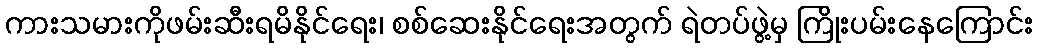
ကားသမားကိုဖမ်းဆီးရမိနိုင်ရေး၊ စစ်ဆေးနိုင်ရေးအတွက် ရဲတပ်ဖွဲ့မှ ကြိုးပမ်းနေကြောင်း